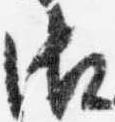
御